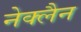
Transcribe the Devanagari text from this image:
नेक्लैन